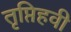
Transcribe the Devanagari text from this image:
तृप्तिहवी